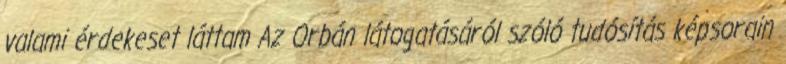
valami érdekeset láttam Az Orbán látogatásáról szóló tudósítás képsorain